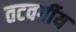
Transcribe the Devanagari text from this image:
तटवर्गीय